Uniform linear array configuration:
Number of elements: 12
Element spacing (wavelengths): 0.5
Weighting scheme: blackman
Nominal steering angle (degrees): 30
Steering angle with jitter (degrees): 30.478
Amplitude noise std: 0.05
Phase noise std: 0.05

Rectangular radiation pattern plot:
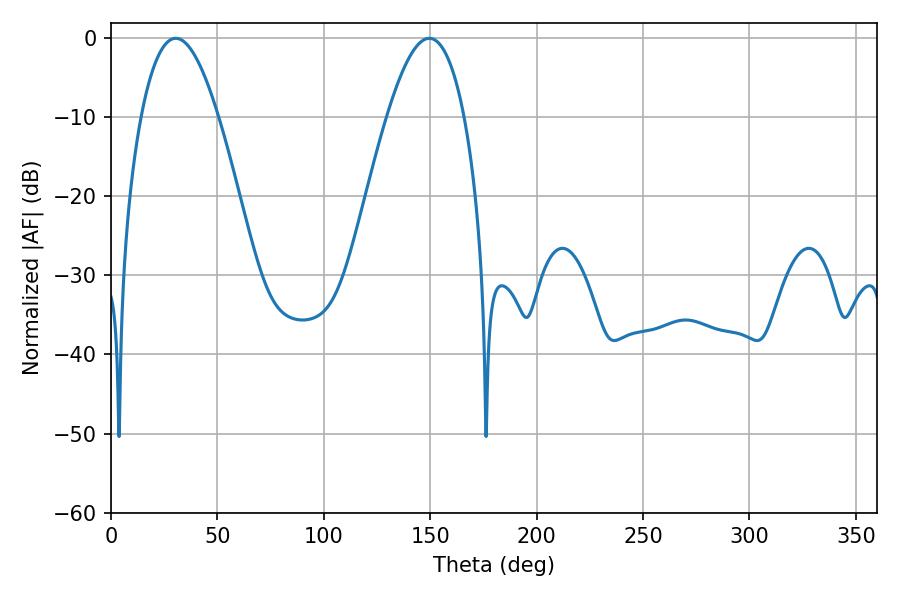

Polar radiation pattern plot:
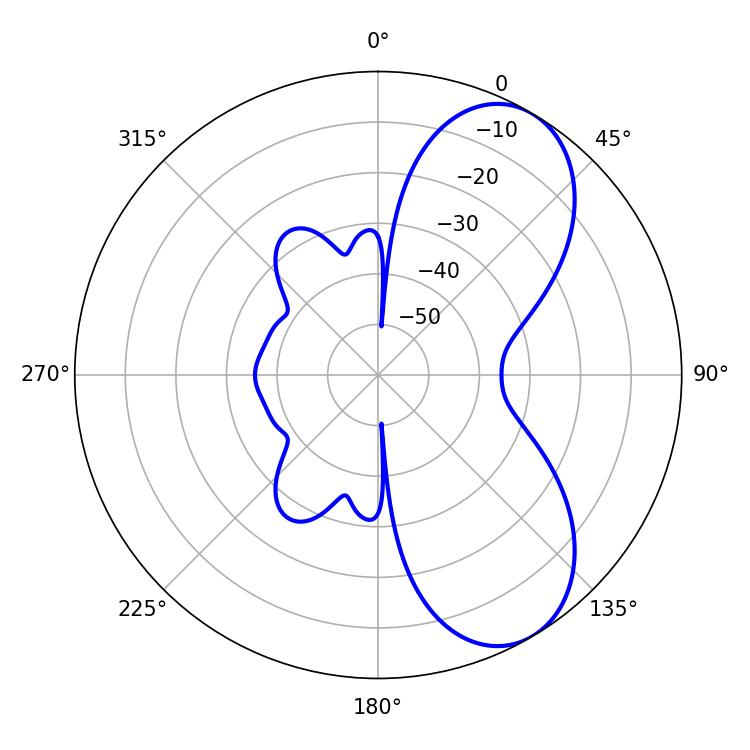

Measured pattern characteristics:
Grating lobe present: FALSE
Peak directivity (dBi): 7.137
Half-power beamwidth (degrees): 19.8
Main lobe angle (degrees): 30.42